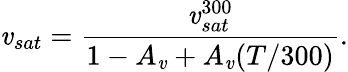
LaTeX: \mathit{v}_{sat}=\frac{{\mathit{v}_{sat}^{300}}}{{1-A_{\mathit{v}}+A_{\mathit{v}}(T/300)}}.